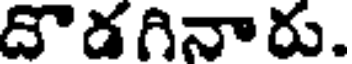
దొడగినారు.